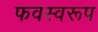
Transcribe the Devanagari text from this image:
फवस्वरूप